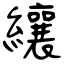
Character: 纕